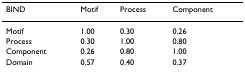
<table><thead><tr><td><b>BIND</b></td><td><b>Motif</b></td><td><b>Process</b></td><td><b>Component</b></td></tr></thead><tbody><tr><td>Motif</td><td>1.00</td><td>0.30</td><td>0.26</td></tr><tr><td>Process</td><td>0.30</td><td>1.00</td><td>0.80</td></tr><tr><td>Component</td><td>0.26</td><td>0.80</td><td>1.00</td></tr><tr><td>Domain</td><td>0.57</td><td>0.40</td><td>0.37</td></tr></tbody></table>